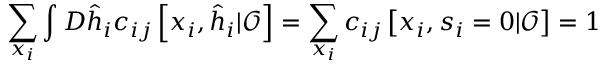
\sum _ { \boldsymbol { x } _ { i } } \int D \hat { \boldsymbol { h } } _ { i } c _ { i j } \left[ \boldsymbol { x } _ { i } , \hat { \boldsymbol { h } } _ { i } | \boldsymbol { \mathcal { O } } \right] = \sum _ { \boldsymbol { x } _ { i } } c _ { i j } \left[ \boldsymbol { x } _ { i } , { { \boldsymbol { s } } _ { i } = 0 } | \boldsymbol { \mathcal { O } } \right] = 1